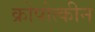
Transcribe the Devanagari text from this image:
क्रोपोत्कीन